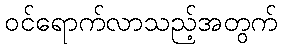
ဝင်ရောက်လာသည့်အတွက်